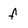
Character: f